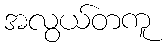
အလွယ်တကူ